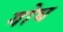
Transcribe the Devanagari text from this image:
गोघ